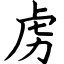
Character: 虏